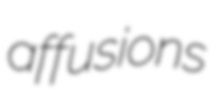
affusions